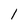
Character: l